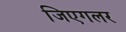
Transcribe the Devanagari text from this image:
जिएगलर